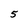
Character: 5